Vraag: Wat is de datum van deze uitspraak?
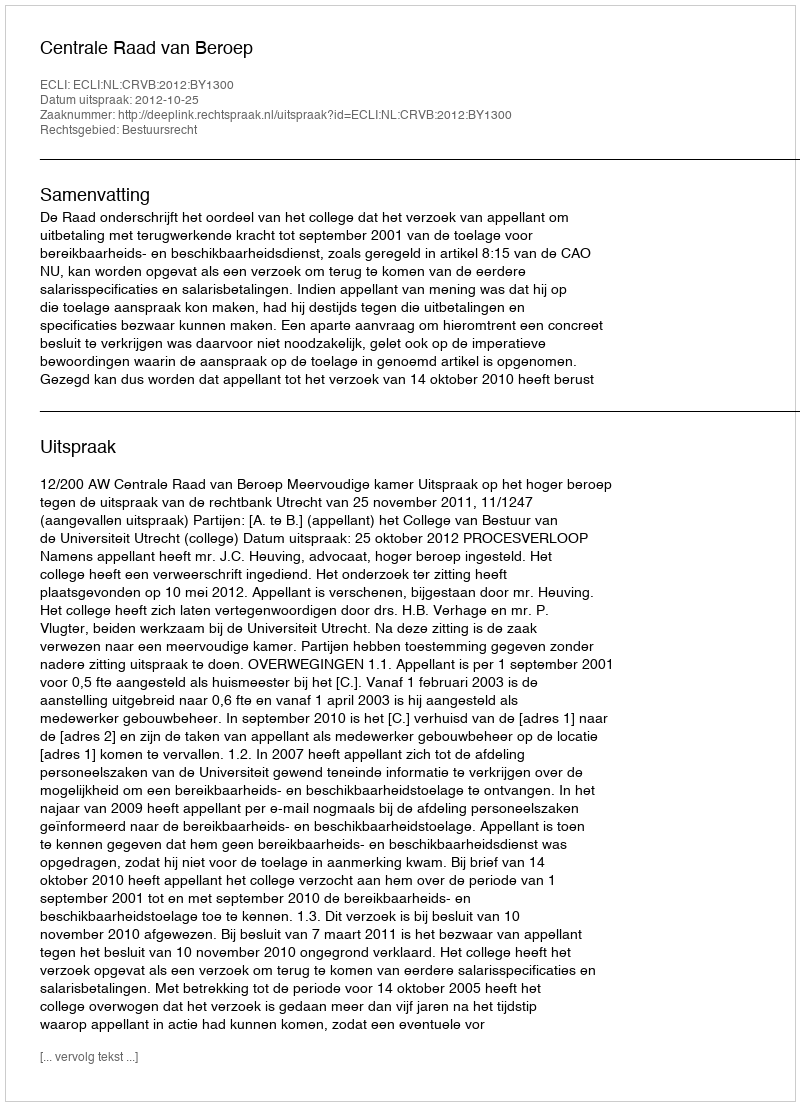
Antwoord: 2012-10-25